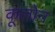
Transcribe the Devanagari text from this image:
कूलोन